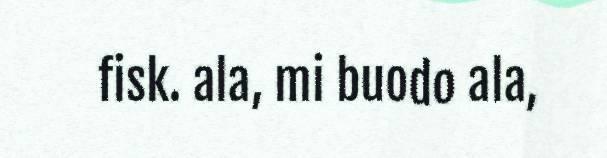
fisk. ala, mi buodo ala,